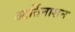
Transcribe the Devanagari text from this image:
आर्तिनाशन